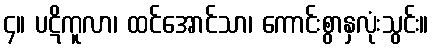
၄။ ပဋိကူလာ၊ ထင်အောင်သာ၊ ကောင်းစွာနှလုံးသွင်း။